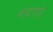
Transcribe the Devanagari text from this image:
नांदणारे